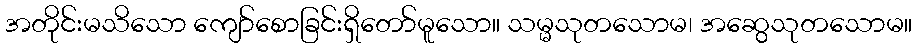
အတိုင်းမသိသော ကျော်စောခြင်းရှိတော်မူသော။ သမ္မသုတသောမ၊ အဆွေသုတသောမ။